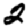
Digit: 2